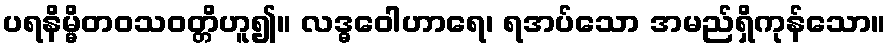
ပရနိမ္မိတဝသဝတ္တိဟူ၍။ လဒ္ဓဝေါဟာရေ၊ ရအပ်သော အမည်ရှိကုန်သော။